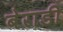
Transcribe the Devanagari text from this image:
बेराडी